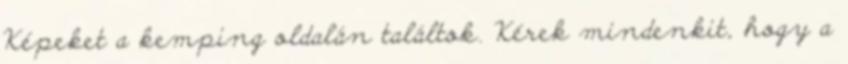
Képeket a kemping oldalán találtok. Kérek mindenkit, hogy a